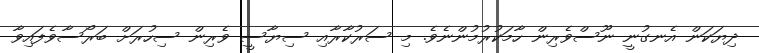
ދިޔަކަން އެނގުނީ ނޫސްވެރިން ހާމަކުރުމުންނެވެ. މި ސަރުކާރާއި ސިޔާސީ ވެރިން ސިހުރަށް ބަރޯސާވެފައިވާ